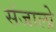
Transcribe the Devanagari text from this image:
संजालो